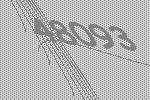
48093